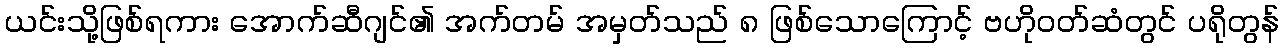
ယင်းသို့ဖြစ်ရကား အောက်ဆီဂျင်၏ အက်တမ် အမှတ်သည် ၈ ဖြစ်သောကြောင့် ဗဟိုဝတ်ဆံတွင် ပရိုတွန်